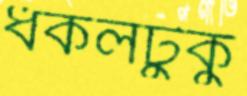
ধকলটুকু